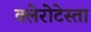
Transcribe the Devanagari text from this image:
क्लेरोटेस्ता